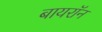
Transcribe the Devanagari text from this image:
बायरॉन